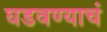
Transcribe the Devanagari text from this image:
घडवण्याचं